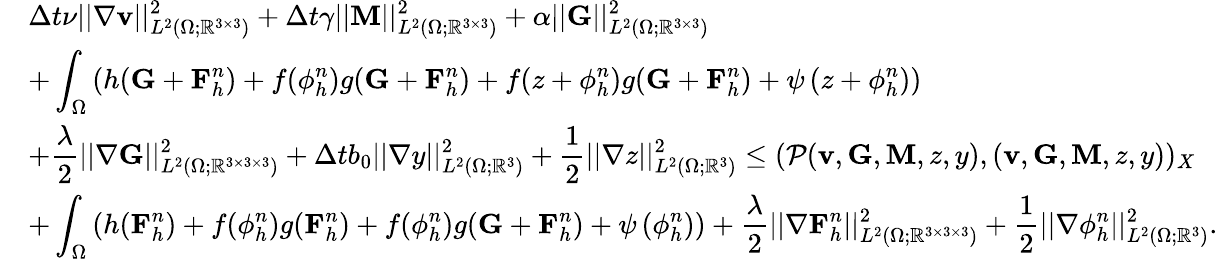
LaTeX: \begin{array}{rl}&{\displaystyle\Delta t\nu||\nabla\mathbf{v}||_{L^{2}(\Omega;\mathbb{R}^{3\times 3})}^{2}+\Delta t\gamma||\mathbf{M}||_{L^{2}(\Omega;\mathbb{R}^{3\times 3})}^{2}+\alpha||\mathbf{G}||_{L^{2}(\Omega;\mathbb{R}^{3\times 3})}^{2}}\\ &{\displaystyle+\int_{\Omega}\left(h(\mathbf{G}+\mathbf{F}_{h}^{n})+f(\phi_{h}^{n})g(\mathbf{G}+\mathbf{F}_{h}^{n})+f(z+\phi_{h}^{n})g(\mathbf{G}+\mathbf{F}_{h}^{n})+\psi\left(z+\phi_{h}^{n}\right)\right)}\\ &{\displaystyle+\frac{\lambda}{2}||\nabla\mathbf{G}||_{L^{2}(\Omega;\mathbb{R}^{3\times 3\times 3})}^{2}+\Delta tb_{0}||\nabla y||_{L^{2}(\Omega;\mathbb{R}^{3})}^{2}+\frac{1}{2}||\nabla z||_{L^{2}(\Omega;\mathbb{R}^{3})}^{2}\leq(\mathcal{P}(\mathbf{v},\mathbf{G},\mathbf{M},z,y),(\mathbf{v},\mathbf{G},\mathbf{M},z,y))_{X}}\\ &{\displaystyle+\int_{\Omega}\left(h(\mathbf{F}_{h}^{n})+f(\phi_{h}^{n})g(\mathbf{F}_{h}^{n})+f(\phi_{h}^{n})g(\mathbf{G}+\mathbf{F}_{h}^{n})+\psi\left(\phi_{h}^{n}\right)\right)+\frac{\lambda}{2}||\nabla\mathbf{F}_{h}^{n}||_{L^{2}(\Omega;\mathbb{R}^{3\times 3\times 3})}^{2}+\frac{1}{2}||\nabla\phi_{h}^{n}||_{L^{2}(\Omega;\mathbb{R}^{3})}^{2}.}\end{array}